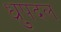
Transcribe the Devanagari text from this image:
ध्रुपदल